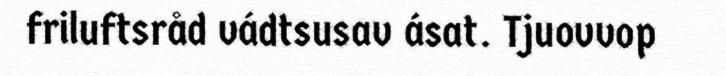
friluftsråd vádtsusav ásat. Tjuovvop